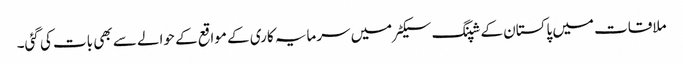
ملاقات میں پاکستان کے شپنگ سیکٹر میں سرمایہ کاری کے مواقع کے حوالے سے بھی بات کی گئی۔